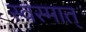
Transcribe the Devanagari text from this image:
स्वस्मात्